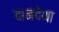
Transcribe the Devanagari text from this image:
दानदेथा